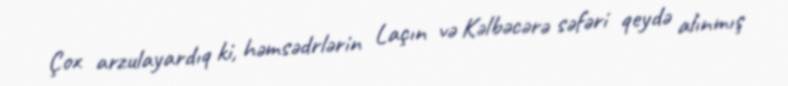
Çox arzulayardıq ki, həmsədrlərin Laçın və Kəlbəcərə səfəri qeydə alınmış